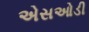
એસઓડી